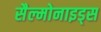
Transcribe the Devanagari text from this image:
सैल्मोनाइड्स